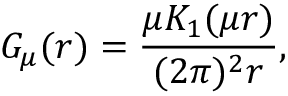
G _ { \mu } ( r ) = \frac { \mu K _ { 1 } ( \mu r ) } { ( 2 \pi ) ^ { 2 } r } ,